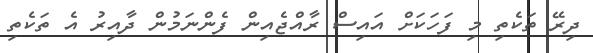
ދިރޭ ތަކެތި މި ފަހަކަށް އައިސް ރާއްޖެއިން ފެންނަމުން ދާއިރު އެ ތަކެތި